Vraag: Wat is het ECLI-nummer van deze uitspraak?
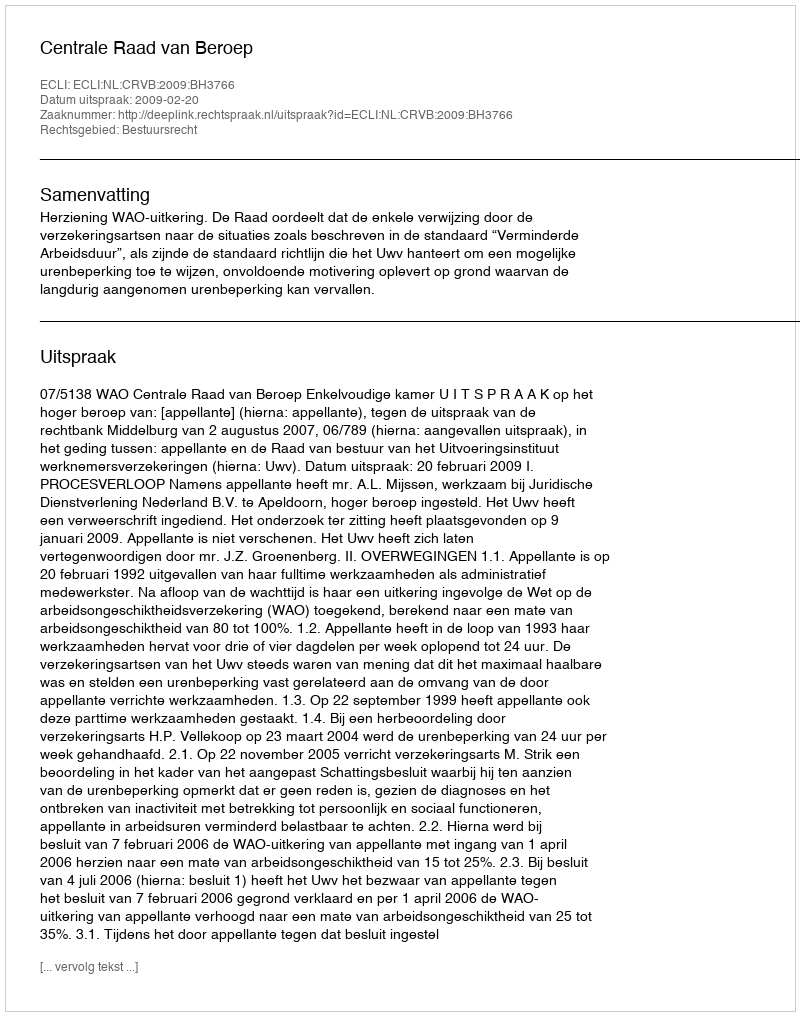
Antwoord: ECLI:NL:CRVB:2009:BH3766